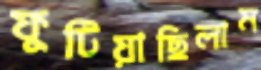
ফুটিয়াছিলাম